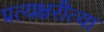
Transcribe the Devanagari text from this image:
प्रत्यक्षरीत्या